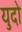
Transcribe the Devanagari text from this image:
युदो